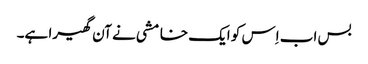
بس اب اِس کو ایک خامشی نے آن گھیرا ہے۔